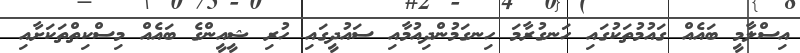
އިސްލާމީ ބައެއް ގައުމުތަކުގައި ހަނގުރާމަ ހިނގަމުންދިއުމާއި ސައުދީގައި ހުރި ޝީއީންގެ ބައެއް މިސްކިތްތަކަށާއި